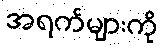
အရက်များကို